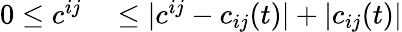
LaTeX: \begin{array}{rl}{0\leq c^{ij}}&{{}\leq|c^{ij}-c_{ij}(t)|+|c_{ij}(t)|}\end{array}